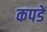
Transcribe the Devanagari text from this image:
कपडें